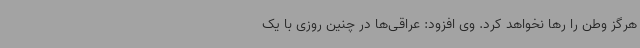
هرگز وطن را رها نخواهد کرد. وی افزود: عراقی‌ها در چنین روزی با یک